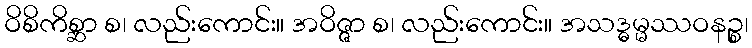
ဝိစိကိစ္ဆာ စ၊ လည်းကောင်း။ အဝိဇ္ဇာ စ၊ လည်းကောင်း။ အသဒ္ဓမ္မဿဝနဉ္စ၊